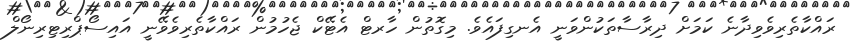
ރައްކާތެރިވެވިދާނެ ކަމަށް ދިރާސާތަކުންވަނީ އެނގިފައެވެ. މިގޮތުން ހާރޓް އެޓޭކް ޖެހުމުން ރައްކާތެރިވެވޭނީ އައިސޯޕްރިޓިރިނޯލް